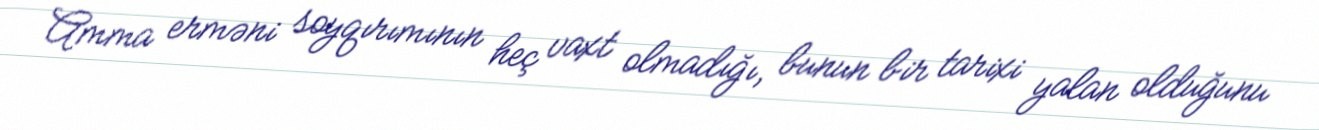
Amma erməni soyqırımının heç vaxt olmadığı, bunun bir tarixi yalan olduğunu